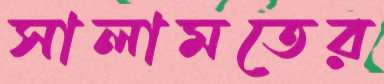
সালামতের